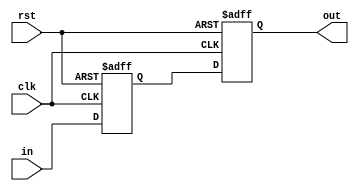
module synchronizer (clk, rst, in, out);
	parameter n = 5;
	input clk, rst;
	input [n-1:0] in;
	output reg [n-1:0] out;
	
	reg [n-1:0] temp_ff;
	
	always@(posedge clk or negedge rst)
	begin
		if(~rst)
		begin
			temp_ff <= 0;
			out <= 0;
		end
		else
		begin
			temp_ff <= in;
			out <= temp_ff;
		end
	end
	
endmodule